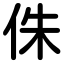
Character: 侏